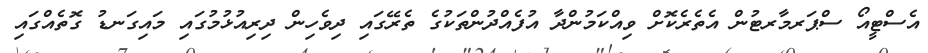
އެސްޓީއޯ ސްޕަރމާރޓުން އެތެރެކޮށް ވިއްކަމުންދާ އުފެއްދުންތަކުގެ ތެރޭގައި ދިވެހިން ދިރިއުޅުމުގައި މައިގަނޑު ގޮތެއްގައި